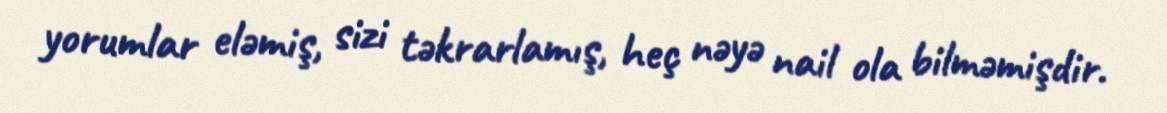
yorumlar eləmiş, sizi təkrarlamış, heç nəyə nail ola bilməmişdir.